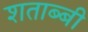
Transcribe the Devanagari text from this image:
शताब्बी